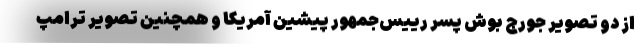
از دو تصویر جورج بوش پسر رییس‌جمهور پیشین آمریکا و همچنین تصویر ترامپ